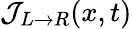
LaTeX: \mathcal{J}_{L\rightarrow R}(x,t)